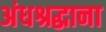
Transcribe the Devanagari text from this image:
अंधश्रद्धाना